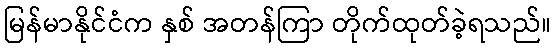
မြန်မာနိုင်ငံက နှစ် အတန်ကြာ တိုက်ထုတ်ခဲ့ရသည်။